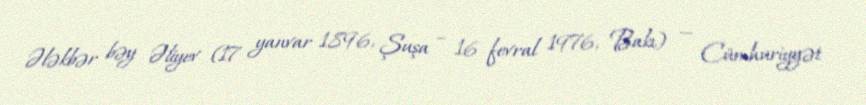
Ələkbər bəy Əliyev (17 yanvar 1896, Şuşa – 16 fevral 1976, Bakı) — Cümhuriyyət